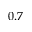
0 . 7